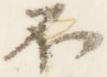
不